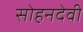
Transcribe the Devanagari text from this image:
सोहनदेवी